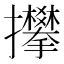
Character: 𢺏